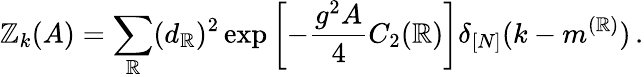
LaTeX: {\cal\mathbb{Z}}_{k}(A)=\sum_{\mathbb{R}}(d_{\mathbb{R}})^{2}\exp\left[-\frac{{g^{2}A}}{{4}}C_{2}(\mathbb{R})\right]\delta_{[N]}(k-m^{(\mathbb{R})})\, .